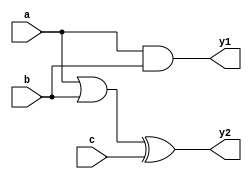
module combinational_logic (
    input wire a,          // Input signal a
    input wire b,          // Input signal b
    input wire c,          // Input signal c
    output reg y1,         // Output signal y1
    output reg y2          // Output signal y2
);

    // Always block for combinational logic
    always @ (a or b or c) begin
        // Default values for outputs
        y1 = 1'b0; // Initialize y1 to 0
        y2 = 1'b0; // Initialize y2 to 0

        // Combinational logic assignments
        y1 = a & b;          // y1 is the AND of a and b
        y2 = (a | b) ^ c;    // y2 is the XOR of (a OR b) with c
    end

endmodule